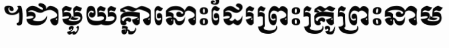
។ជាមួយគ្នានោះដែរព្រះគ្រូព្រះនាម